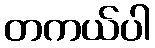
တကယ်ပါ